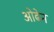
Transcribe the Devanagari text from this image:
ओढेन